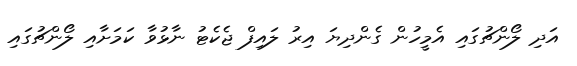
އަދި ލޯންޗުގައި އެމީހުން ގެންދިޔަ އިރު ލައިފް ޖެކެޓު ނާޅުވާ ކަމަށާއި ލޯންޗުގައި